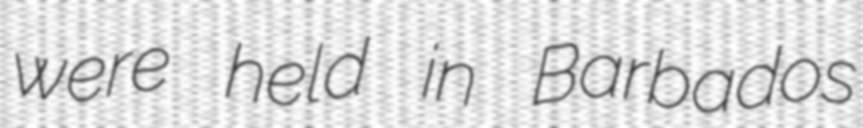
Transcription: were held in Barbados